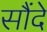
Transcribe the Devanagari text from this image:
सौंदे